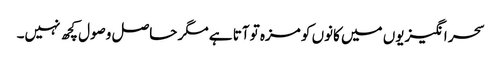
سحر انگیزیوں میں کانوں کو مزہ تو آتا ہے مگر حاصل وصول کچھ نہیں۔